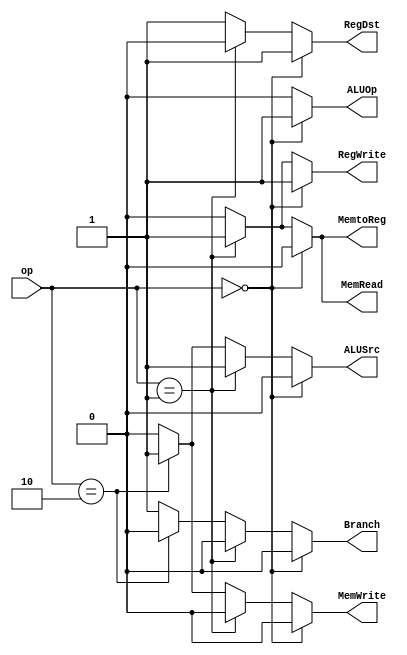
`timescale 1ns / 1ps
//////////////////////////////////////////////////////////////////////////////////
// Company: 
// Engineer: 
// 
// Design Name: 
// Module Name:    Control 
// Project Name: 
// Target Devices: 
// Tool versions: 
// Description: 
//
// Dependencies: 
//
// Revision: 
// Revision 0.01 - File Created
// Additional Comments: 
//
//////////////////////////////////////////////////////////////////////////////////
module Control(
    input [1:0] op,
    output reg Branch,
    output reg MemtoReg,
    output reg MemRead,
    output reg MemWrite,
    output reg ALUOp,
    output reg ALUSrc,
    output reg RegWrite,
    output reg RegDst
    );
	 
	 always @* begin
		if(op == 2'b00) begin
			RegDst = 1'b1;
			RegWrite = 1'b1;
			ALUSrc = 1'b0;
			Branch = 1'b0;
			MemRead = 1'b0;
			MemWrite = 1'b0;
			MemtoReg = 1'b0;
			ALUOp = 1'b1;
		end
		else if(op == 2'b01) begin
			RegDst = 1'b0;
			RegWrite = 1'b1;
			ALUSrc = 1'b1;
			Branch = 1'b0;
			MemRead = 1'b1;
			MemWrite = 1'b0;
			MemtoReg = 1'b1;
			ALUOp = 1'b0;
		end
		else if(op == 2'b10) begin
			RegDst = 1'b1;
			RegWrite = 1'b0;
			ALUSrc = 1'b1;
			Branch = 1'b0;
			MemRead = 1'b0;
			MemWrite = 1'b1;
			MemtoReg = 1'b0;
			ALUOp = 1'b0;
		end
		else begin
			RegDst = 1'b1;
			RegWrite = 1'b0;
			ALUSrc = 1'b0;
			Branch = 1'b1;
			MemRead = 1'b0;
			MemWrite = 1'b0;
			MemtoReg = 1'b0;
			ALUOp = 1'b0;
		end
	 end

endmodule